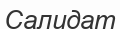
Салидат